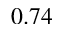
0 . 7 4